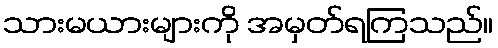
သားမယားများကို အမှတ်ရကြသည်။